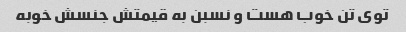
توی تن خوب هست و نسبن به قیمتش جنسش خوبه